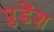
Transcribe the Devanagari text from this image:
प्रुडेंश